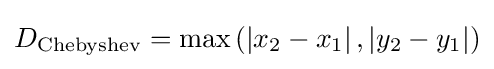
D_{\rm {Chebyshev}}=\max \left(\left|x_{2}-x_{1}\right|,\left|y_{2}-y_{1}\right|\right)